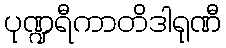
ပုဏ္ဍရီကာတိဒါရုဏီ